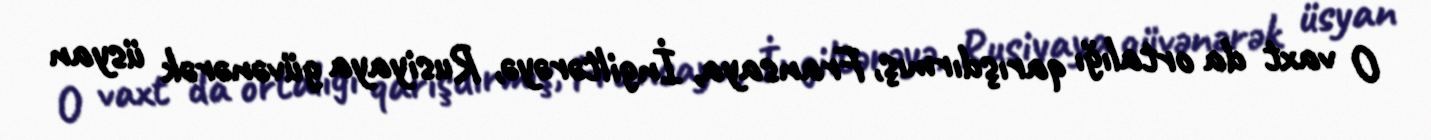
O vaxt da ortalığı qarışdırmış, Fransaya, İngiltərəyə, Rusiyaya güvənərək üsyan